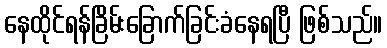
နေထိုင်ရန်ခြိမ်းခြောက်ခြင်းခံနေရပြီ ဖြစ်သည်။